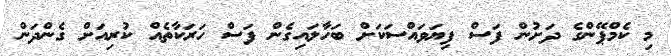
މި ކެމްޕޭންގެ ދަށުން ފަސް ފިޔަވައްސަކަށް ބަހާލައިގެން ފަސް ހަރަކާތެއް ކުރިއަށް ގެންދަން